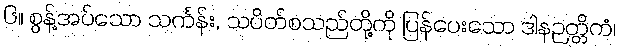
၆။ စွန့်အပ်သော သင်္ကန်း, သပိတ်စသည်တို့ကို ပြန်ပေးသော ဒါနဉတ္တိကံ၊